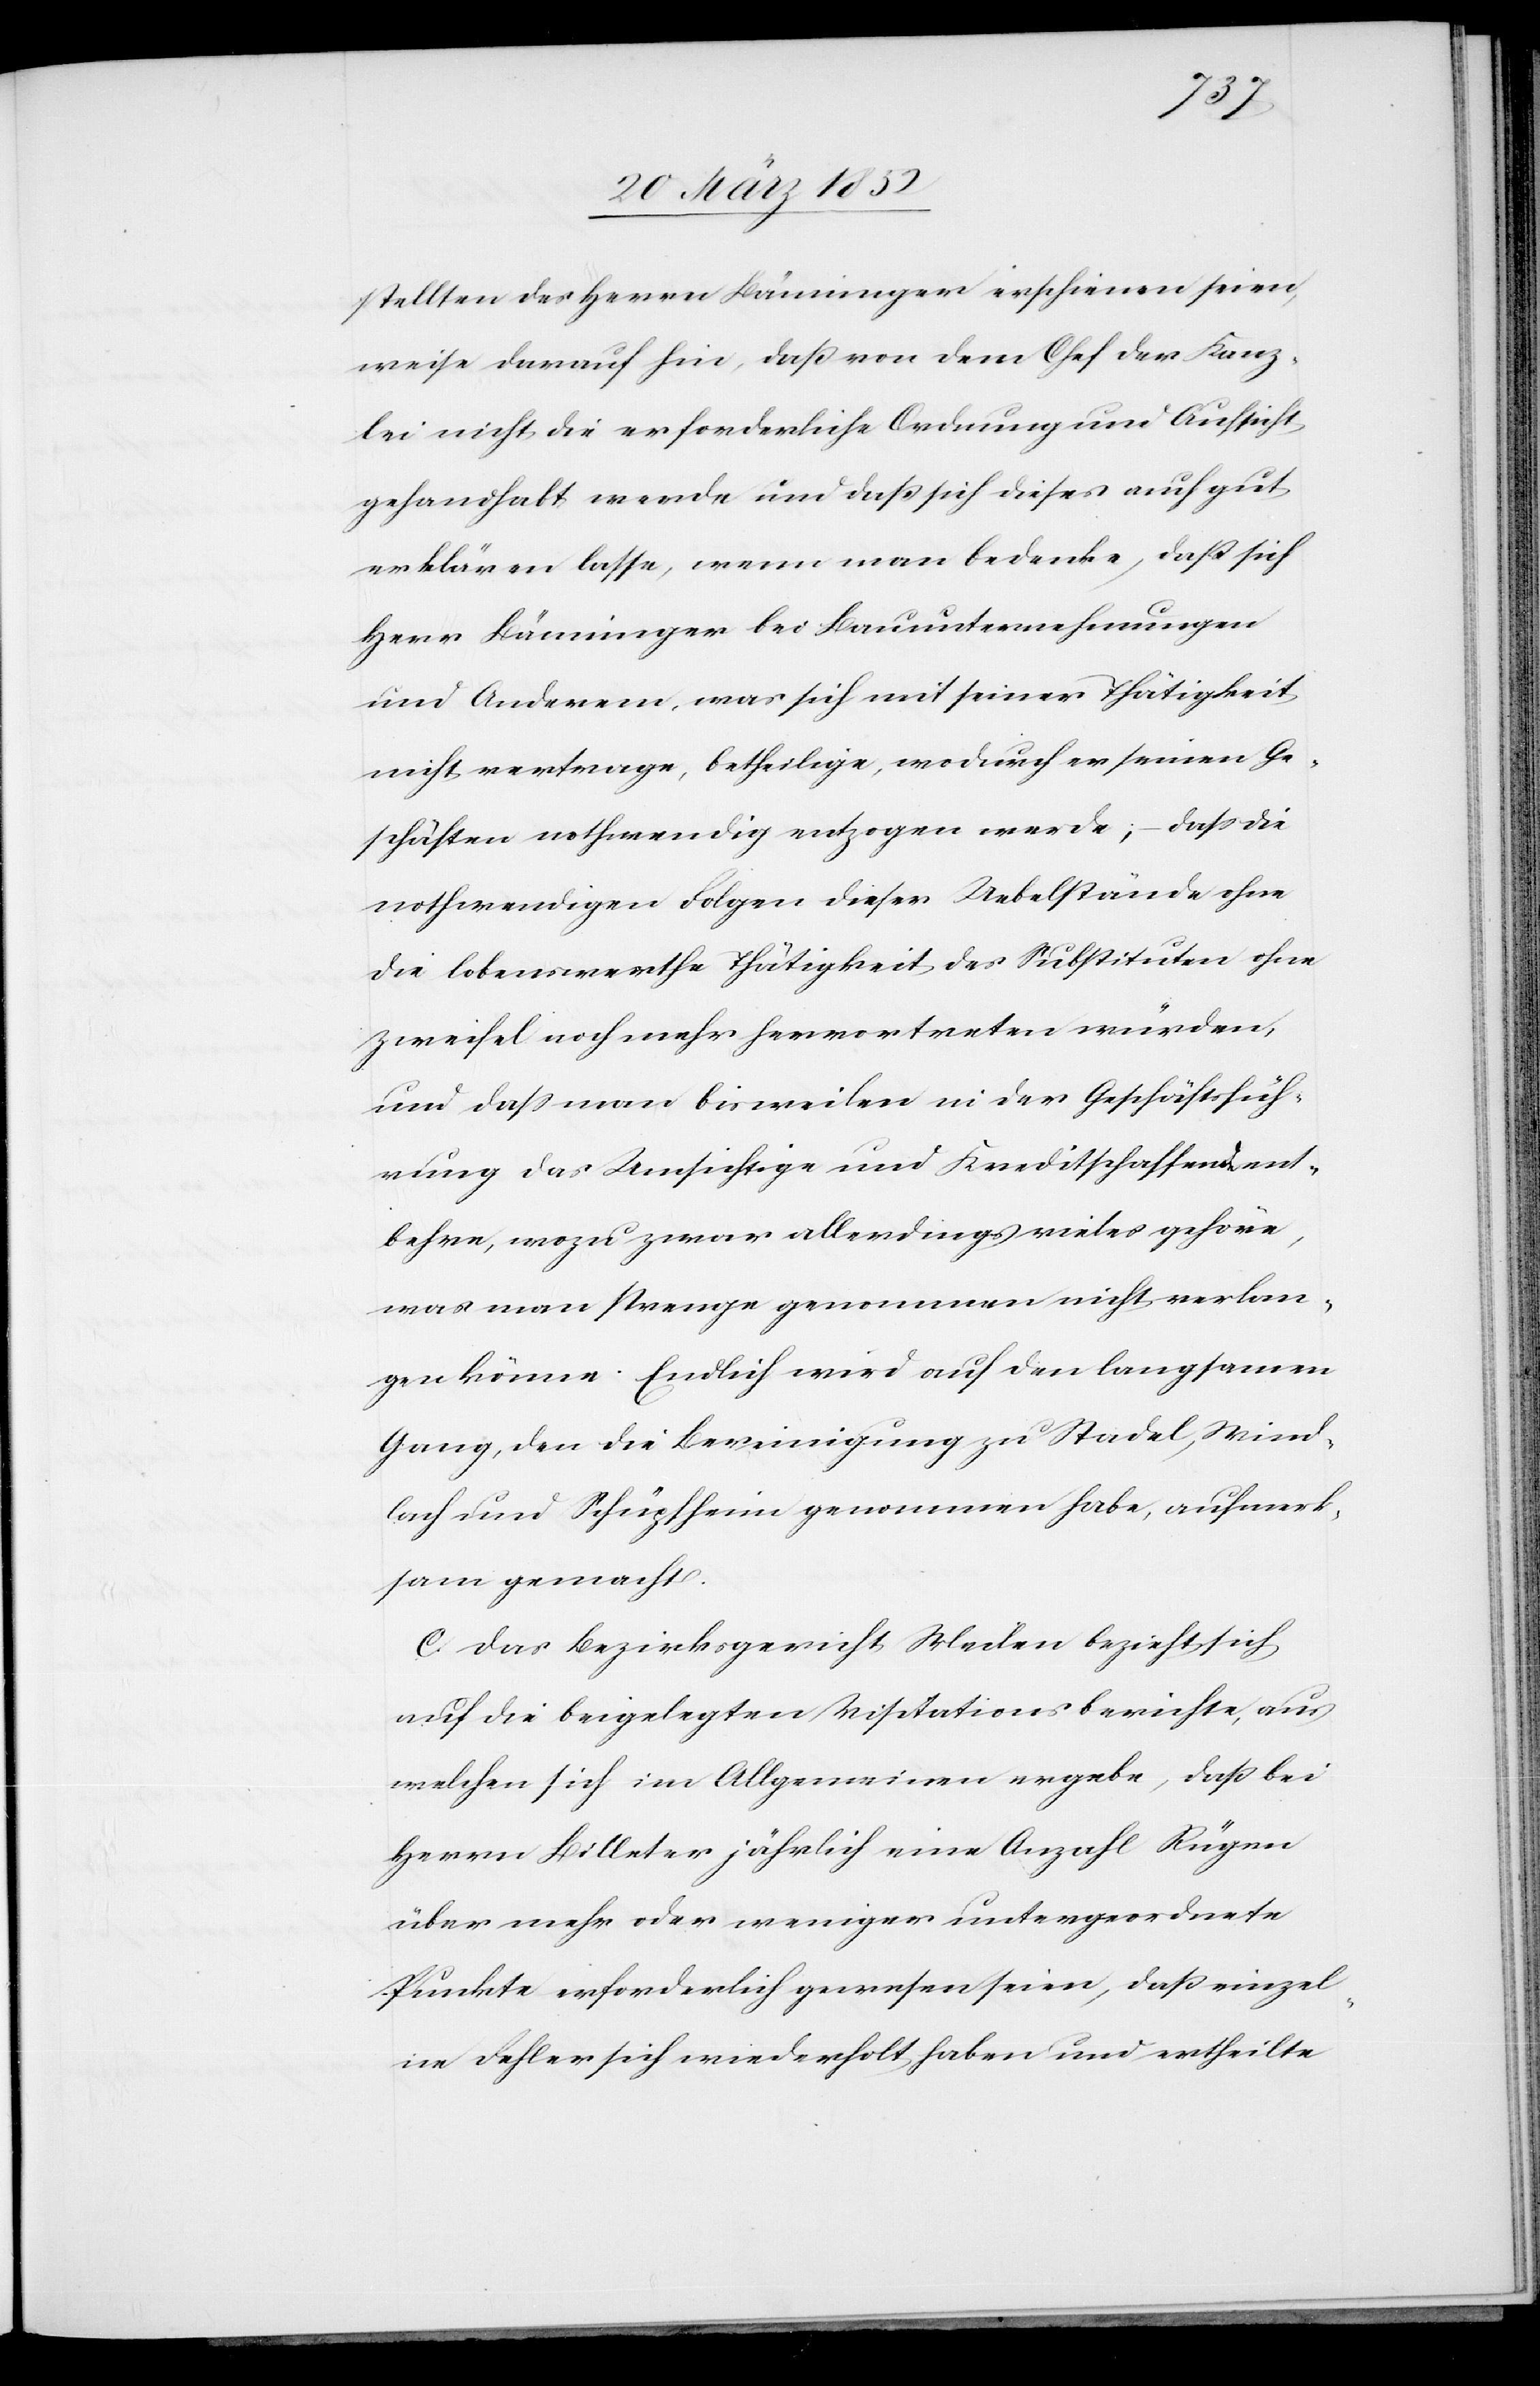
stellten des Herrn Bänninger erschienen seien,
weise darauf hin, daß von dem Chef der Kanz¬
lei nicht die erforderliche Ordnung und Aufsicht
gehandhabt werde und daß sich dieses auch gut
erklären lasse, wenn man bedenke, daß sich
Herr Bänninger bei Bauunternehmungen
und Anderem, was sich mit seiner Thätigkeit
nicht vertrage, betheilige, wodurch er seinen Ge¬
schäften nothwendig entzogen werde; – daß die
nothwendigen Folgen dieser Uebelstände ohne
die lobenswerthe Thätigkeit des Substituten ohne
Zweifel noch mehr hervortreten würden,
und daß man bisweilen in der Geschäftsfüh¬
rung das Umsichtige und Kreditschaffende ent¬
behre, wozu zwar allerdings vieles gehöre,
was man strenge genommen nicht verlan¬
gen könne. Endlich wird auf den langsamen
Gang, den die Bereinigung zu Stadel, Wied¬
lach und Schüpfheim genommen habe, aufmerk¬
sam gemacht.
c) Das Bezirksgericht Meilen bezieht sich
auf die beigelegten Visitationsberichte, aus
welchen sich im Allgemeinen ergebe, daß bei
Herrn Billeter jährlich eine Anzahl Rügen
über mehr oder weniger untergeordnete
Punkte erforderlich gewesen seien, daß einzel¬
ne Fehler sich wiederholt haben und ertheilte